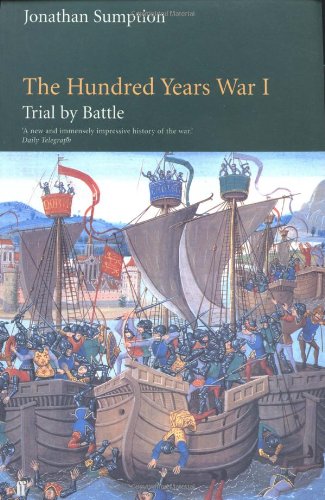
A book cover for The Hundred Years War: Trial by Battle (The Middle Ages Series, Volume 1); Jonathan Sumption; History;